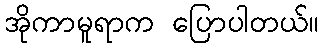
အိုကာမူရာက ပြောပါတယ်။